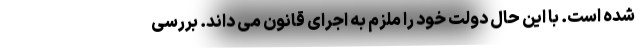
شده است. با این حال دولت خود را ملزم به اجرای قانون می داند. بررسی